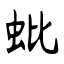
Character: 蚍